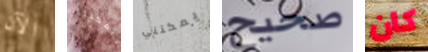
الآن لايمكننا يمكنني صحيح كان